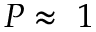
P \approx ~ 1